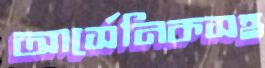
আর্সেনিকসহ